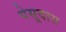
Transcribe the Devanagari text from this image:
येसूदास